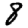
Digit: 8